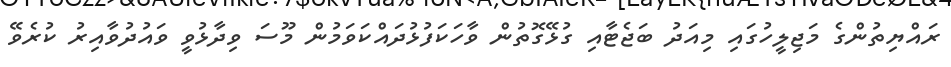
ރައްޔިތުންގެ މަޖިލީހުގައި މިއަދު ބަޖެޓާއި ގުޅޭގޮތުން ވާހަކަފުޅުދައްކަވަމުން މޫސަ ވިދާޅުވީ ވައުދުވާއިރު ކުރެވޭ